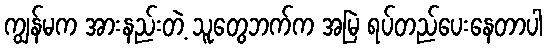
ကျွန်မက အားနည်းတဲ့ သူတွေဘက်က အမြဲ ရပ်တည်ပေးနေတာပါ